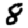
Digit: 8